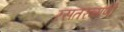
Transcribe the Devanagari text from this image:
रसतरन्गणी